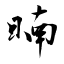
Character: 暔